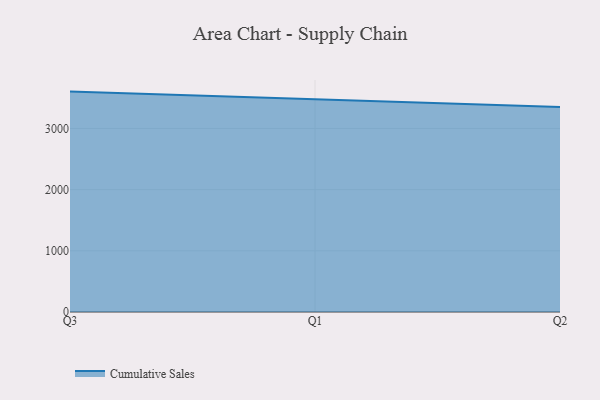
{"axis": {"x": "Quarter", "y": "Temperature (°C)"}, "legend": ["Cumulative Sales"], "data": [{"x": "Q3", "y": 3602.4, "type": "Cumulative Sales"}, {"x": "Q1", "y": 3478.7, "type": "Cumulative Sales"}, {"x": "Q2", "y": 3351.3, "type": "Cumulative Sales"}]}